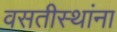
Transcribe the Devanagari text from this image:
वसतीस्थांना